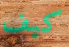
كيف